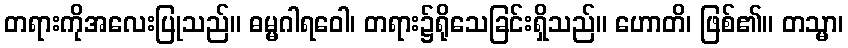
တရားကိုအလေးပြုသည်။ ဓမ္မဂါရဝေါ၊ တရား၌ရိုသေခြင်းရှိသည်။ ဟောတိ၊ ဖြစ်၏။ တသ္မာ၊